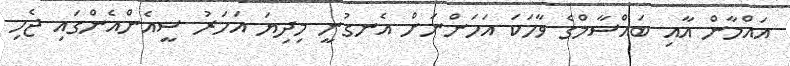
އައްމާން އާއި ބައްސާމްގެ ވާހަކަ އަހަންނަށް އެނގުނީ މިދިޔަ އަހަރު ސީއެންއެންގައި ޖެހި